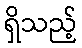
ရှိသည့်